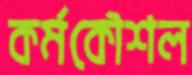
কর্মকৌশল